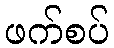
ဖက်စပ်